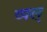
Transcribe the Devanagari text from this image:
व्फ्ल्